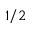
1 / 2